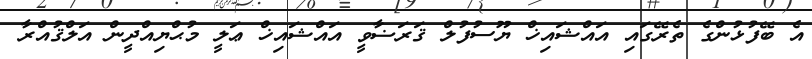
އެ ބޭފުޅުންގެ ތެރޭގައި އައްޝައިޚް ޔޫސުފުލް ޤަރަޟާވީ އައްޝައިޚް ޢަލީ މުޙްޔިއްދީން އަލްޤުއްރާ